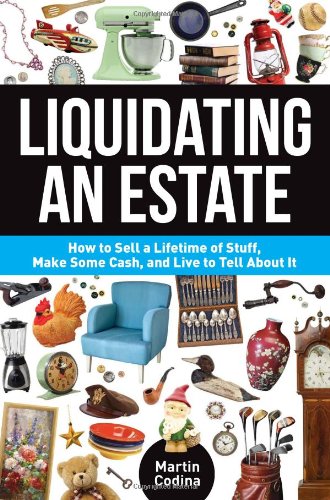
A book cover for Liquidating an Estate: How to Sell a Lifetime of Stuff, Make Some Cash, and Live to Tell About It; Martin Codina; Crafts, Hobbies & Home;